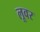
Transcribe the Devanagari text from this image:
लूवर